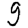
Digit: 9